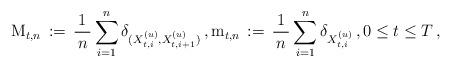
LaTeX: \begin{align*} \mathrm M_{t,n} \, :=\, \frac{\,1\,}{\,n\,} \sum_{i=1}^{n} \delta_{(X_{t,i}^{(u)}, X_{t,i+1}^{(u)})} \,, \mathrm m_{t, n} \, :=\, \frac{1}{\, n \, }\sum_{i=1}^{n} \delta_{X_{t,i}^{(u)}} \,, 0 \le t \le T\, , \end{align*}